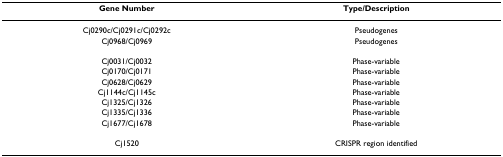
<table><thead><tr><td><b>Gene Number</b></td><td><b>Type/Description</b></td></tr></thead><tbody><tr><td>Cj0290c/Cj0291c/Cj0292c</td><td>Pseudogenes</td></tr><tr><td>Cj0968/Cj0969</td><td>Pseudogenes</td></tr><tr><td>Cj0031/Cj0032</td><td>Phase-variable</td></tr><tr><td>Cj0170/Cj0171</td><td>Phase-variable</td></tr><tr><td>Cj0628/Cj0629</td><td>Phase-variable</td></tr><tr><td>Cj1144c/Cj1145c</td><td>Phase-variable</td></tr><tr><td>Cj1325/Cj1326</td><td>Phase-variable</td></tr><tr><td>Cj1335/Cj1336</td><td>Phase-variable</td></tr><tr><td>Cj1677/Cj1678</td><td>Phase-variable</td></tr><tr><td>Cj1520</td><td>CRISPR region identified</td></tr></tbody></table>